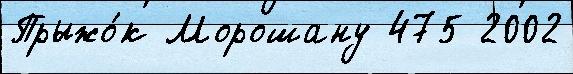
Прыжо́к Морошану 475 2002